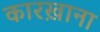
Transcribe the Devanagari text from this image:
कारख़ाना